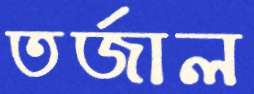
তর্জাল